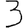
Digit: 3